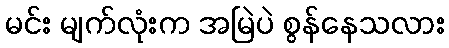
မင်း မျက်လုံးက အမြဲပဲ စွန်နေသလား